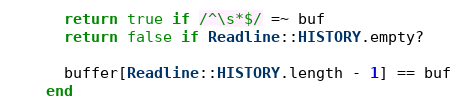
Language: Ruby
      return true if /^\s*$/ =~ buf
      return false if Readline::HISTORY.empty?

      buffer[Readline::HISTORY.length - 1] == buf
    end